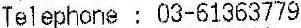
TELEPHONE : 03-61363779